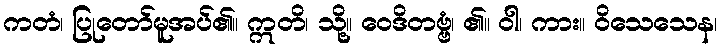
ကတံ၊ ပြုတော်မူအပ်၏။ ဣတိ၊ သို့။ ဝေဒိတဗ္ဗံ၊ ၏။ ဝါ၊ ကား။ ဝိသေသေန၊